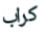
كراب